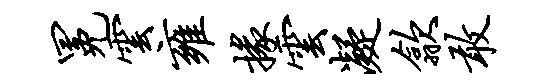
冕云雍掾云凝歙敢